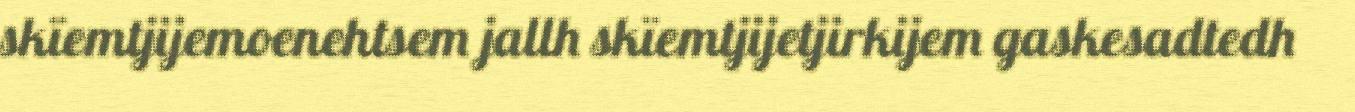
skïemtjijemoenehtsem jallh skïemtjijetjirkijem gaskesadtedh